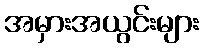
အမှားအယွင်းများ